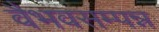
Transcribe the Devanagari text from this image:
वैभवसम्पन्न